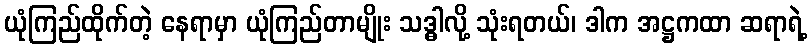
ယုံကြည်ထိုက်တဲ့ နေရာမှာ ယုံကြည်တာမျိုး သဒ္ဓါလို့ သုံးရတယ်၊ ဒါက အဋ္ဌကထာ ဆရာရဲ့